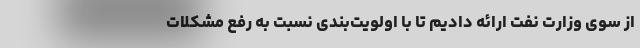
از سوی وزارت نفت ارائه دادیم تا با اولویت‌بندی نسبت به رفع مشکلات